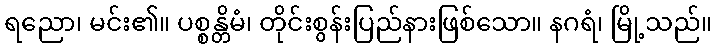
ရညော၊ မင်း၏။ ပစ္စန္တိမံ၊ တိုင်းစွန်းပြည်နားဖြစ်သော။ နဂရံ၊ မြို့သည်။